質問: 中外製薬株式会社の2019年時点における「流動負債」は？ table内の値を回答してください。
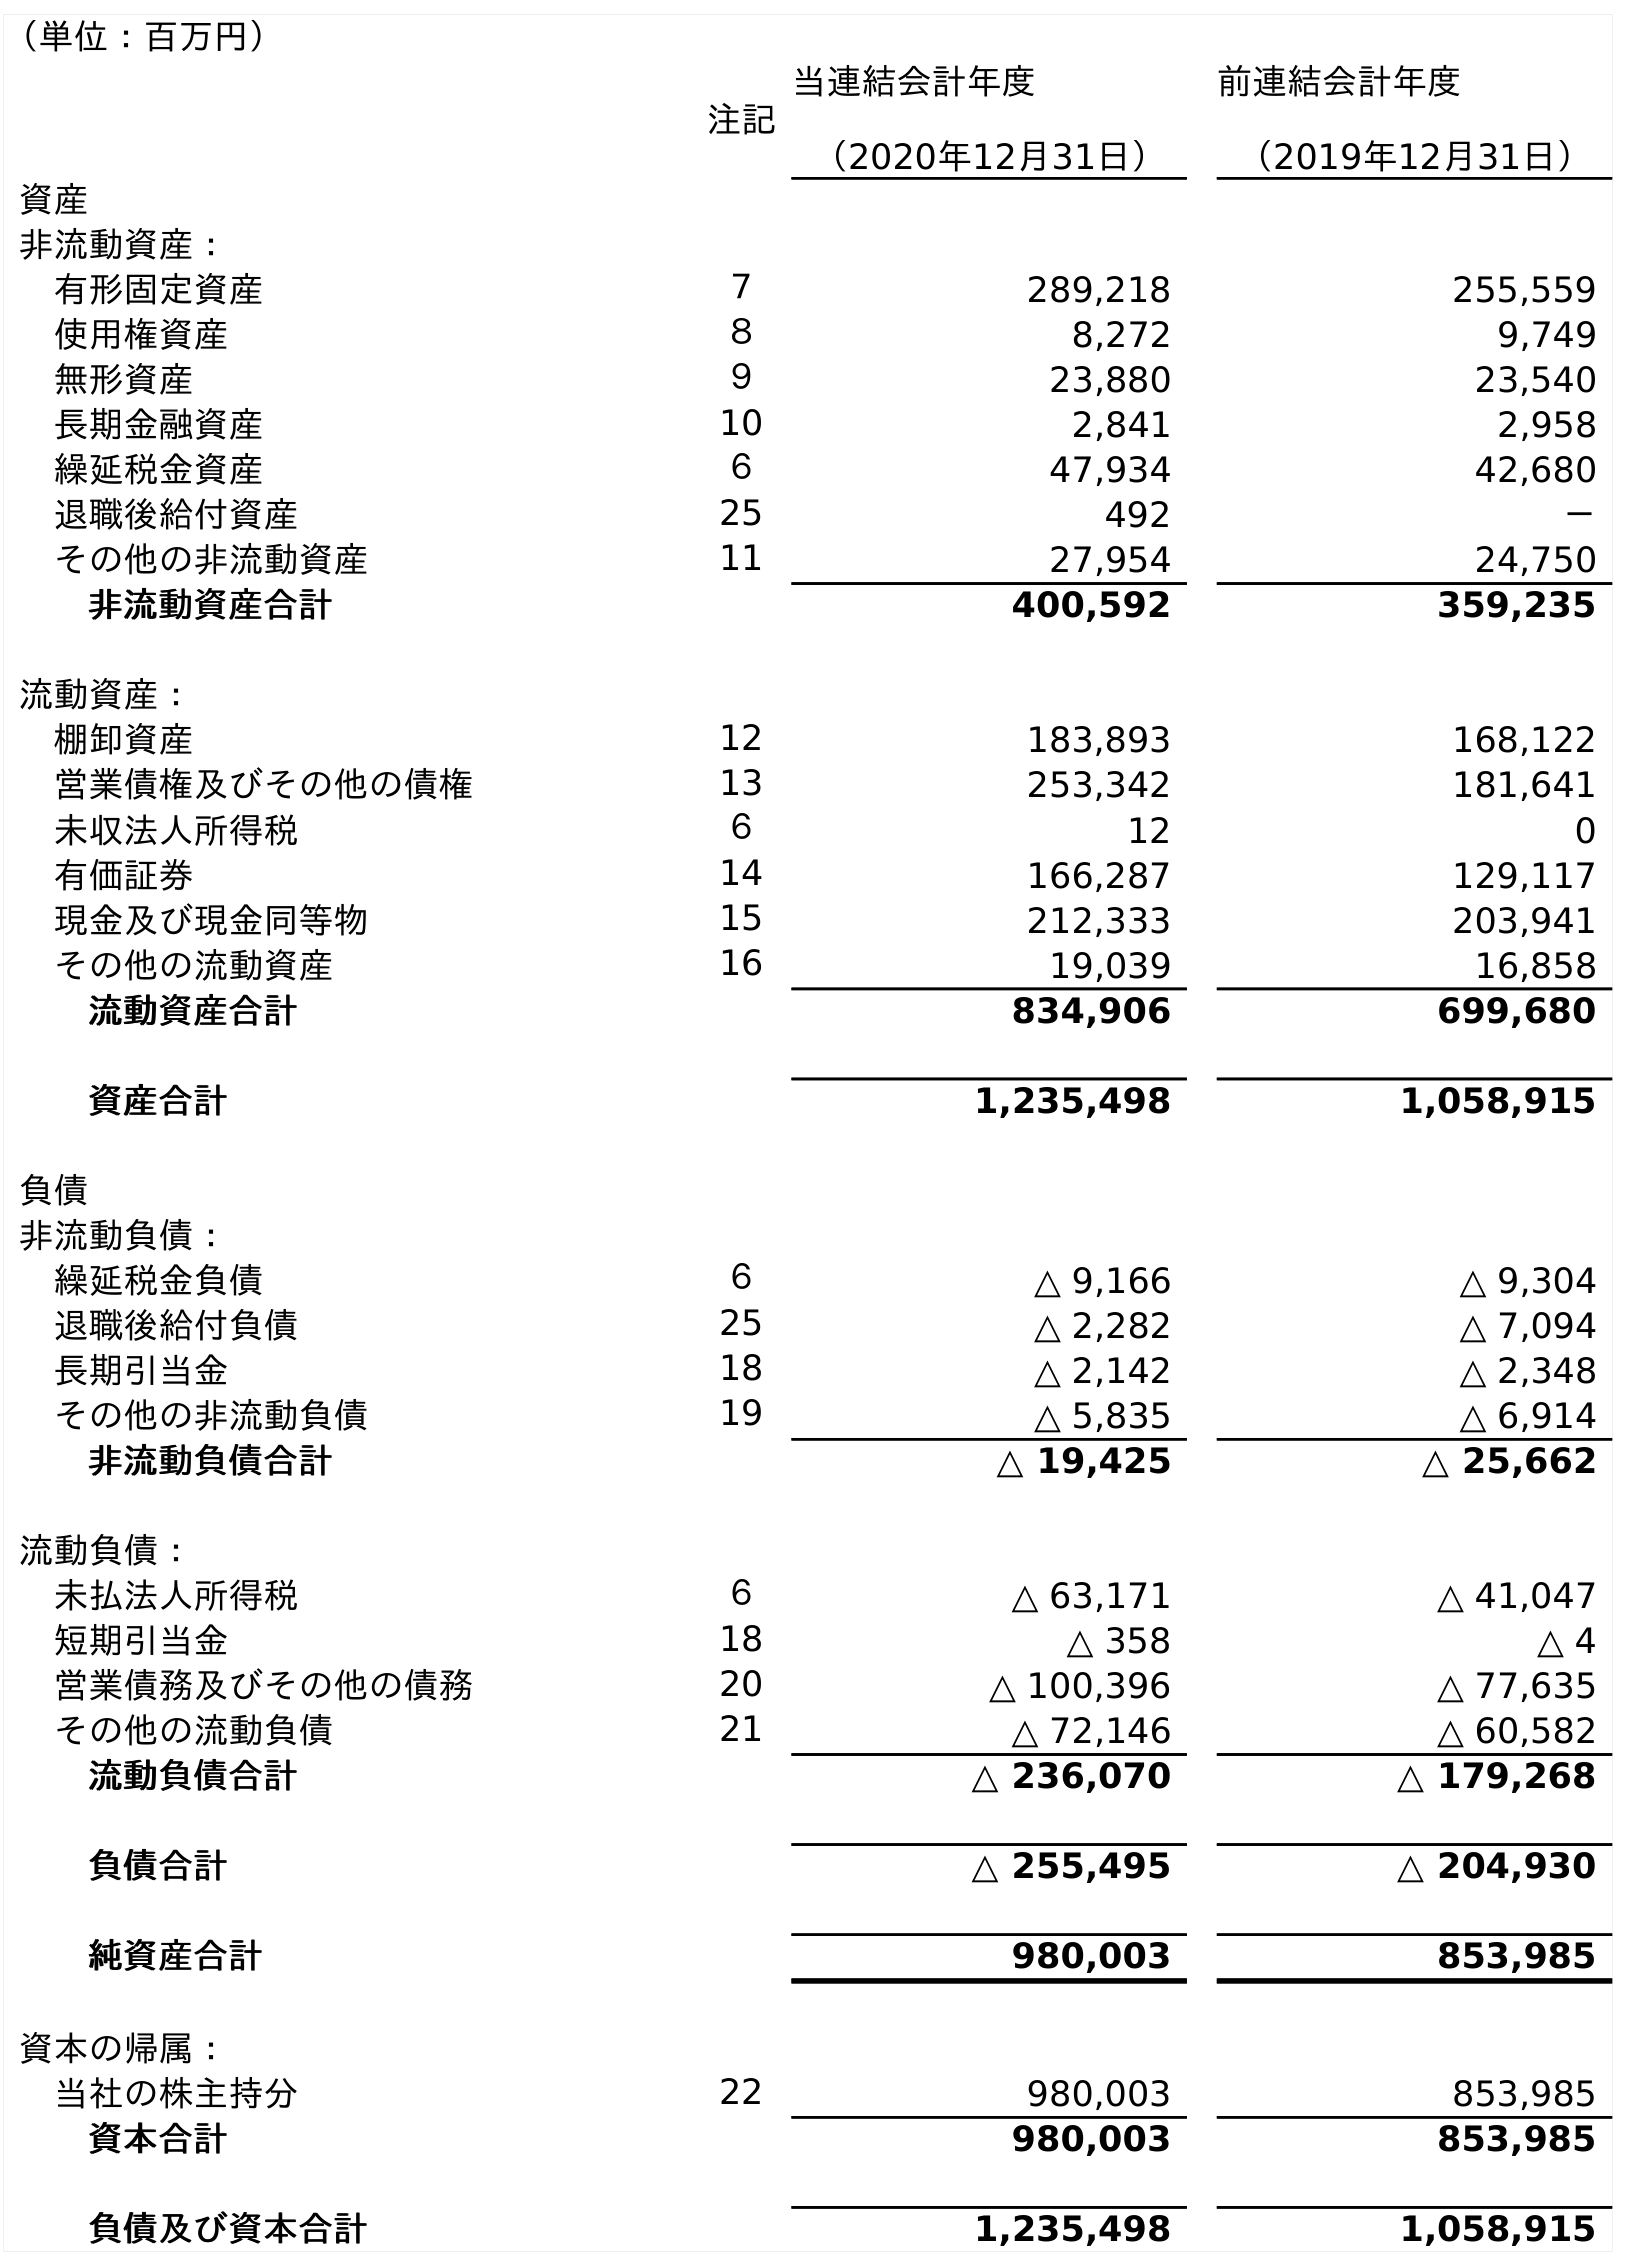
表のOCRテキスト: （単位：百万円） 注記 当連結会計年度 （2020年12月31日） 前連結会計年度 （2019年12月31日） 資産 非流動資産： 有形固定資産 ７ 289,218 255,559 使用権資産 ８ 8,272 9,749 無形資産 ９ 23,880 23,540 長期金融資産 10 2,841 2,958 繰延税金資産 ６ 47,934 42,680 退職後給付資産 25 492 － その他の非流動資産 11 27,954 24,750 非流動資産合計 400,592 359,235 流動資産： 棚卸資産 12 183,893 168,122 営業債権及びその他の債権 13 253,342 181,641 未収法人所得税 ６ 12 0 有価証券 14 166,287 129,117 現金及び現金同等物 15 212,333 203,941 その他の流動資産 16 19,039 16,858 流動資産合計 834,906 699,680 資産合計 1,235,498 1,058,915 負債 非流動負債： 繰延税金負債 ６ △ 9,166 △ 9,304 退職後給付負債 25 △ 2,282 △ 7,094 長期引当金 18 △ 2,142 △ 2,348 その他の非流動負債 19 △ 5,835 △ 6,914 非流動負債合計 △ 19,425 △ 25,662 流動負債： 未払法人所得税 ６ △ 63,171 △ 41,047 短期引当金 18 △ 358 △ 4 営業債務及びその他の債務 20 △ 100,396 △ 77,635 その他の流動負債 21 △ 72,146 △ 60,582 流動負債合計 △ 236,070 △ 179,268 負債合計 △ 255,495 △ 204,930 純資産合計 980,003 853,985 資本の帰属： 当社の株主持分 22 980,003 853,985 資本合計 980,003 853,985 負債及び資本合計 1,235,498 1,058,915
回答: △179,268